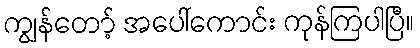
ကျွန်တော့် အပေါ်ကောင်း ကုန်ကြပါပြီ။